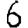
Digit: 6